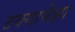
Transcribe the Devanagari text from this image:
टक्यापेक्षा